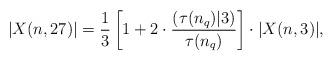
LaTeX: \begin{align*} |X(n,27)| = \frac13\left[1+2\cdot\frac{(\tau(n_q)|3)}{\tau(n_q)}\right]\cdot|X(n,3)|, \end{align*}